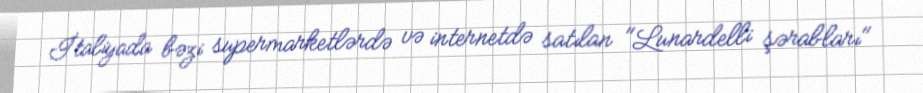
İtaliyada bəzi supermarketlərdə və internetdə satılan "Lunardelli şərabları"